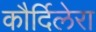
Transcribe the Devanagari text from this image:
कौर्दिलेरा